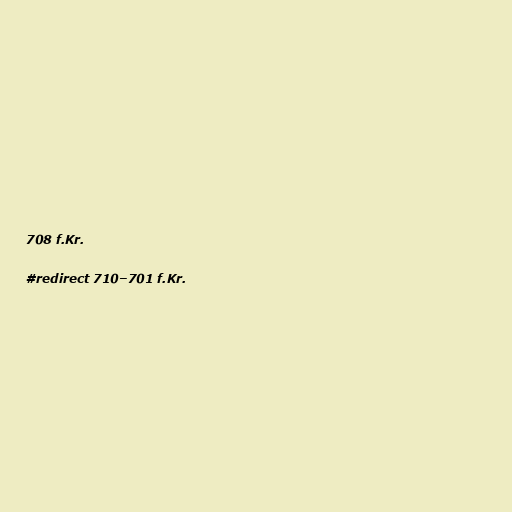
708 f.Kr.

#redirect 710–701 f.Kr.